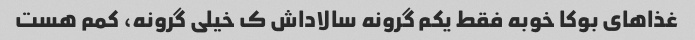
غذاهای بوکا خوبه فقط یکم گرونه سالاداش ک خیلی گرونه، کمم هست